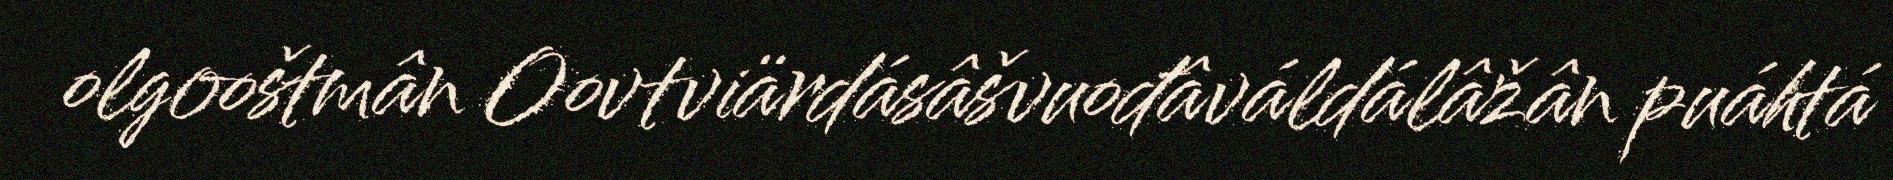
olgooštmân Oovtviärdásâšvuođâváldálâžân puáhtá